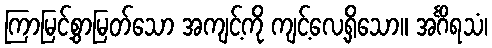
ကြာမြင့်စွာမြတ်သော အကျင့်ကို ကျင့်လေ့ရှိသော။ အင်္ဂိရသံ၊